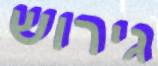
גירוש